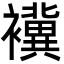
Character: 䙫